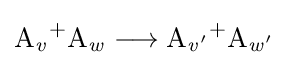
{\mathrm {A} {\vphantom {A}}_{\smash[{t}]{\mathit {v}}}{\vphantom {A}}^{+}\mathrm {A} {\vphantom {A}}_{\smash[{t}]{\mathit {w}}}{}\mathrel {\longrightarrow } {}\mathrm {A} {\vphantom {A}}_{\smash[{t}]{\mathit {v'}}}{\vphantom {A}}^{+}\mathrm {A} {\vphantom {A}}_{\smash[{t}]{\mathit {w'}}}}